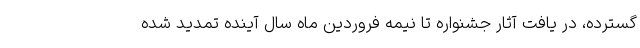
گسترده، در یافت آثار جشنواره تا نیمه فروردین ماه سال آینده تمدید شده